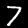
Label: 7